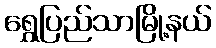
ရွှေပြည်သာမြို့နယ်